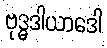
ဗုဒ္ဓဒါယာဒေါ